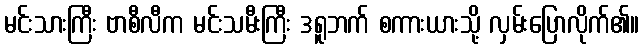
မင်းသားကြီး ဗာစီလီက မင်းသမီးကြီး ဒရူဘက် စကားယားသို့ လှမ်းပြောလိုက်၏။